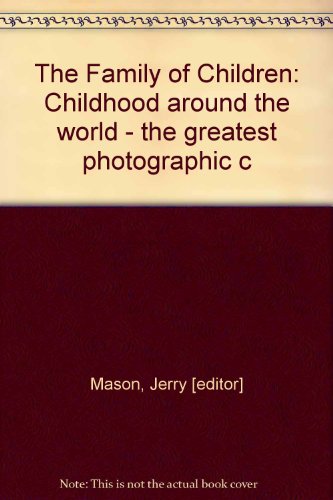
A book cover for The Family of Children; Arts & Photography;